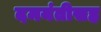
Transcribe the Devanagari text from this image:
दमयंतीसह